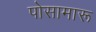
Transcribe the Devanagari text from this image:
पोसामारू